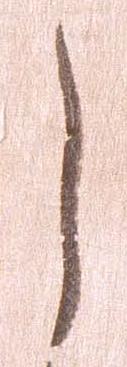
し